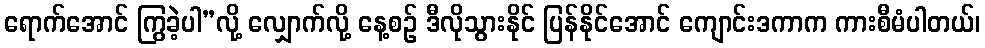
ရောက်အောင် ကြွခဲ့ပါ”လို့ လျှောက်လို့ နေ့စဉ် ဒီလိုသွားနိုင် ပြန်နိုင်အောင် ကျောင်းဒကာက ကားစီမံပါတယ်၊